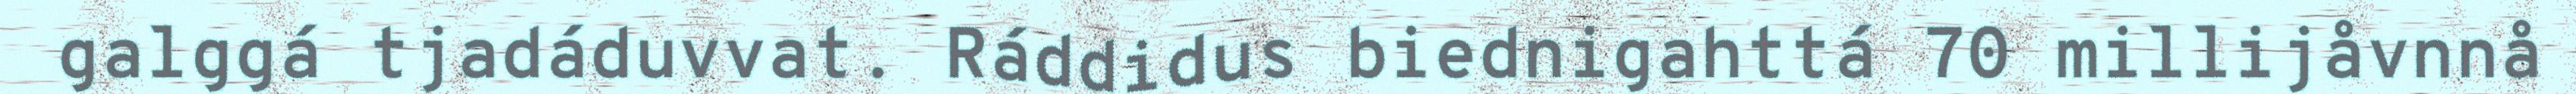
galggá tjadáduvvat. Ráddidus biednigahttá 70 millijåvnnå